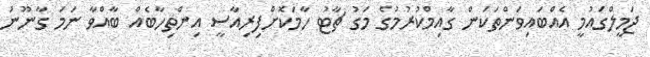
ޖަމީލްގައުމީ އެއްބައިވަންތަކަން ގާއިމްކުރުމުގެ މަގު ޗާޓު ހާމަކޮށްފިރިއާސީ އިންތިހާބެއް ބާއްވާ ނަމަ ގާނޫނު